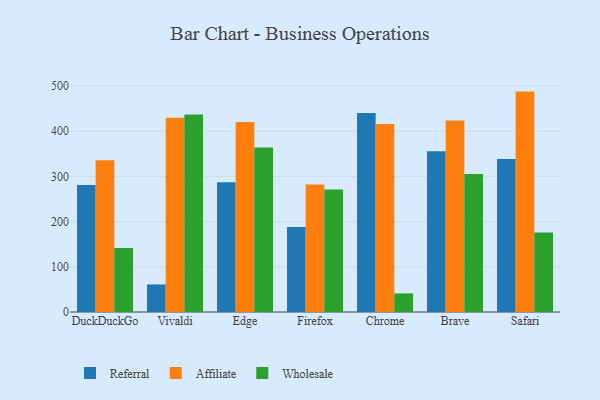
{"axis": {"x": "Browser", "y": "Revenue (USD Million)"}, "legend": ["Affiliate", "Referral", "Wholesale"], "data": [{"x": "DuckDuckGo", "y": 280.8, "type": "Referral"}, {"x": "DuckDuckGo", "y": 335.7, "type": "Affiliate"}, {"x": "DuckDuckGo", "y": 141.6, "type": "Wholesale"}, {"x": "Vivaldi", "y": 61.0, "type": "Referral"}, {"x": "Vivaldi", "y": 429.8, "type": "Affiliate"}, {"x": "Vivaldi", "y": 437.1, "type": "Wholesale"}, {"x": "Edge", "y": 287.0, "type": "Referral"}, {"x": "Edge", "y": 420.1, "type": "Affiliate"}, {"x": "Edge", "y": 363.9, "type": "Wholesale"}, {"x": "Firefox", "y": 187.8, "type": "Referral"}, {"x": "Firefox", "y": 281.9, "type": "Affiliate"}, {"x": "Firefox", "y": 270.7, "type": "Wholesale"}, {"x": "Chrome", "y": 440.4, "type": "Referral"}, {"x": "Chrome", "y": 415.8, "type": "Affiliate"}, {"x": "Chrome", "y": 41.1, "type": "Wholesale"}, {"x": "Brave", "y": 355.5, "type": "Referral"}, {"x": "Brave", "y": 423.7, "type": "Affiliate"}, {"x": "Brave", "y": 305.3, "type": "Wholesale"}, {"x": "Safari", "y": 338.2, "type": "Referral"}, {"x": "Safari", "y": 487.5, "type": "Affiliate"}, {"x": "Safari", "y": 175.7, "type": "Wholesale"}]}